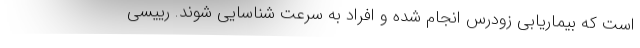
است که بیماریابی زودرس انجام شده و افراد به سرعت شناسایی شوند. رییسی